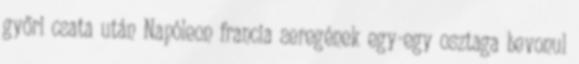
győri csata után Napóleon francia seregének egy-egy osztaga bevonul